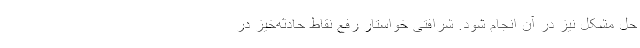
حل مشکل نیز در آن انجام شود. شرافتی خواستار رفع نقاط حادثه‌خیز در